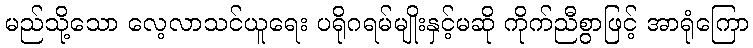
မည်သို့သော လေ့လာသင်ယူရေး ပရိုဂရမ်မျိုးနှင့်မဆို ကိုက်ညီစွာဖြင့် အာရုံကြော